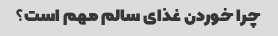
چرا خوردن غذای سالم مهم است؟